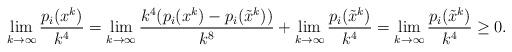
LaTeX: \begin{align*}\lim_{k \to \infty} \frac{p_i(x^k)}{k^4} = \lim_{k \to \infty} \frac{k^4(p_i(x^k)-p_i(\tilde x^k))}{k^8} + \lim_{k \to \infty}\frac{p_i(\tilde x^k)}{k^4} = \lim_{k \to \infty}\frac{p_i(\tilde x^k)}{k^4} \ge 0.\end{align*}